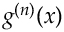
g ^ { ( n ) } ( x )